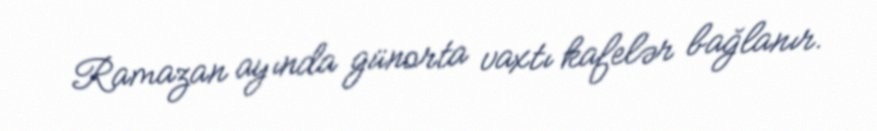
Ramazan ayında günorta vaxtı kafelər bağlanır.